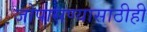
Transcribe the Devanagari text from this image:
जोपासण्यासाठीही